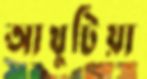
আখুটিয়া